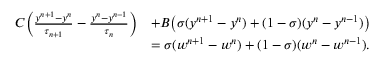
\begin{array} { r l } { C \Big ( \frac { y ^ { n + 1 } - y ^ { n } } { \tau _ { n + 1 } } - \frac { y ^ { n } - y ^ { n - 1 } } { \tau _ { n } } \Big ) } & { + B \big ( \sigma ( y ^ { n + 1 } - y ^ { n } ) + ( 1 - \sigma ) ( y ^ { n } - y ^ { n - 1 } ) \big ) } \\ & { = \sigma ( w ^ { n + 1 } - w ^ { n } ) + ( 1 - \sigma ) ( w ^ { n } - w ^ { n - 1 } ) . } \end{array}